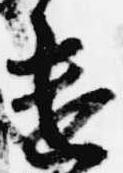
遣